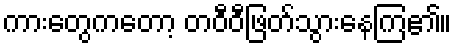
ကားတွေကတော့ တဝီဝီဖြတ်သွားနေကြ၏။